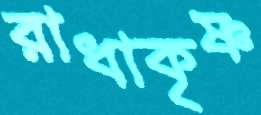
রাধাকৃষ্ণ